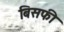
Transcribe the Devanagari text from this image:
बिसफी